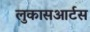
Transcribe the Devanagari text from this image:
लुकासआर्टस